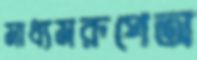
মাধ্যমরূপেঅ